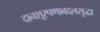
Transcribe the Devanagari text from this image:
दानशूरपणाबद्दलसुद्धा